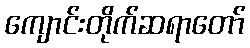
ကျောင်းတိုက်ဆရာတော်